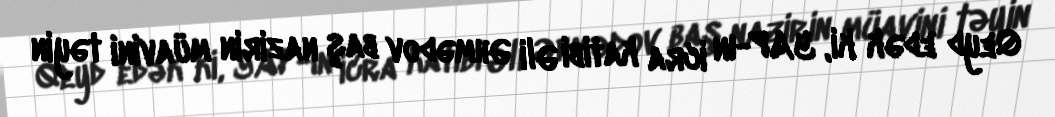
Qeyd edək ki, YAP-ın icra katibi Əli Əhmədov baş nazirin müavini təyin